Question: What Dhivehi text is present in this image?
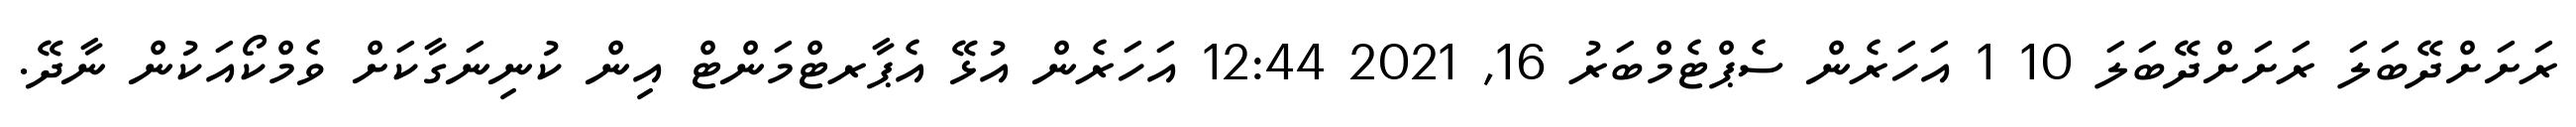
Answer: ރަށަށްދޭބަލަ ރަށަށްދޭބަލަ 10 1 އަހަރެން ސެޕްޓެމްބަރު 16, 2021 12:44 އަހަރެން އުޅޭ އެޕާރޓްމަންޓް އިން ކުނިނަގާކަށް ވެމްކޯއަކުން ނާދޭ.